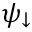
\psi _ { \downarrow }